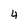
Character: 4